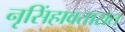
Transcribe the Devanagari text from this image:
नृसिंहावतारात